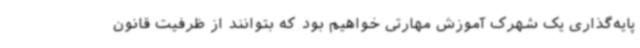
پایه‌گذاری یک شهرک آموزش مهارتی خواهیم بود که بتوانند از ظرفیت قانون